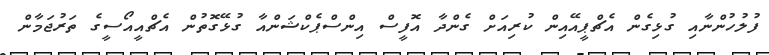
ފުލުހުންނާއި ގުޅިގެން އެޗްޕީއޭއިން ކުރިއަށް ގެންދާ އޮފީސް އިންސްޕެކްޝަންއާ ގުޅޭގޮތުން އެޗްއީއޯސީގެ ތަރުޖަމާން